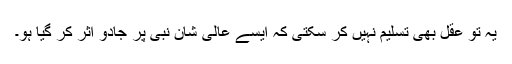
یہ تو عقل بھی تسلیم نہیں کر سکتی کہ ایسے عالی شان نبی پر جادو اثر کر گیا ہو۔